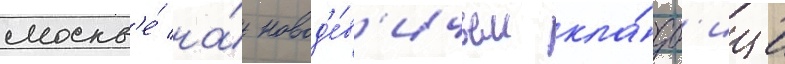
москв'е́ на́ новод'е́в'ичьем кла́дб'ище